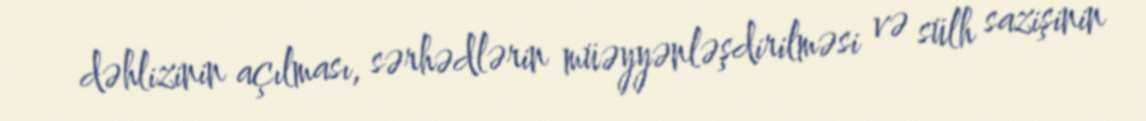
dəhlizinin açılması, sərhədlərin müəyyənləşdirilməsi və sülh sazişinin